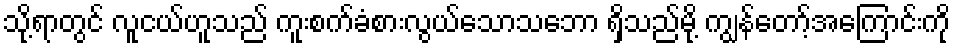
သို့ရာတွင် လူငယ်ဟူသည် ကူးစက်ခံစားလွယ်သောသဘော ရှိသည်မို့ ကျွန်တော့်အကြောင်းကို